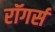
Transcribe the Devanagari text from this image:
रॉगर्स